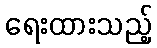
ရေးထားသည့်